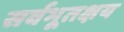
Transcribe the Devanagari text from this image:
सर्वभूतक्षय